Applicability to medico-legal practice in India of the biochemical tests for the origin of blood-stains - Number 39
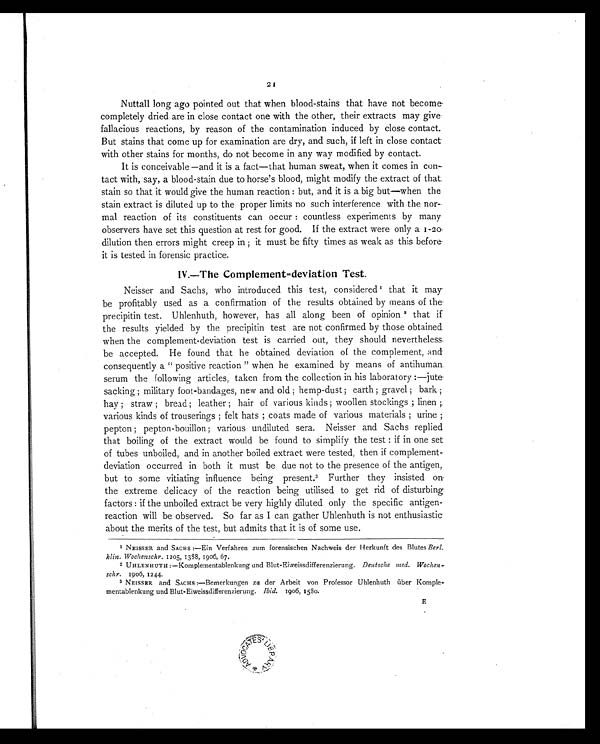
21
Nuttall long ago pointed out that when blood-stains that have not become
completely dried are in close contact one with the other, their extracts may give
fallacious reactions, by reason of the contamination induced by close contact.
But stains that come up for examination are dry, and such, if left in close contact
with other stains for months, do not become in any way modified by contact.
It is conceivable —and it is a fact—that human sweat, when it comes in con-
tact with, say, a blood-stain due to horse's blood, might modify the extract of that
stain so that it would give the human reaction: but, and it is a big but—when the
stain extract is diluted up to the proper limits no such interference with the nor-
mal reaction of its constituents can occur: countless experiments by many
observers have set this question at rest for good. If the extract were only a 1-20
dilution then errors might creep in; it must be fifty times as weak as this before
it is tested in forensic practice.
IV.—The Complement=deviation Test.
Neisser and Sachs, who introduced this test, considered1 t h a t i t m a y
be profitably used as a confirmation of the results obtained by means of the
precipitin test. Uhlenhuth, however, has all along been of opinion 2 that if
the results yielded by the precipitin test are not confirmed by those obtained
when the complement-deviation test is carried out, they should nevertheless
be accepted. He found that he obtained deviation of the complement, and
consequently a " positive reaction " when he examined by means of antihuman
serum the following articles, taken from the collection in his laboratory:—jute
sacking; military foot-bandages, new and old; hemp-dust; earth; gravel; bark;
hay; straw; bread; leather; hair of various kinds; woollen stockings; linen;
various kinds of trouserings; felt hats; coats made of various materials; urine;
pepton; pepton-bouillon; various undiluted sera. Neisser and Sachs replied
that boiling of the extract would be found to simplify the test: if in one set
of tubes unboiled, and in another boiled extract were tested, then if complement-
deviation occurred in both it must be due not to the presence of the antigen,
but to some vitiating influence being present. 3 F u r t h e r t h e y i n s i s t e d o n
the extreme delicacy of the reaction being utilised to get rid of disturbing
factors: if the unboiled extract be very highly diluted only the specific antigen-
reaction will be observed. So far as I can gather Uhlenhuth is not enthusiastic
about the merits of the test, but admits that it is of some use.
1 NEISSER and SACHS:—Ein Verfahren zum forensischen Nachweis der Herkunft des Blutes Berl.
klin. Wochenschr. 1205, 1388, 1906, 67.
2 UHLENHUTH:—Komplementablenkung and Blut-Eiweissdifferenzierung. Deutsche med. Wochen
-schr. 1906, 1244.
3 NEISSER and SACHS :—Bemerkungen zu der Arbeit von Professor Uhlenhuth über Komple-
mentablenkung and Blut-Eiweissdifferenzierung. Ibid. 1906, 1580.